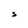
Character: S